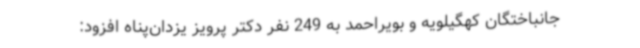
جانباختگان کهگیلویه و بویراحمد به 249 نفر دکتر پرویز یزدان‌پناه افزود: